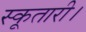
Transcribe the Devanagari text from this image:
स्कूतारी।